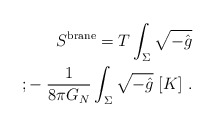
\begin{align*}S^{\rm brane} = T\int_{\Sigma}\sqrt{-\hat g}\\; -\; {1\over 8\pi G_N}\int_{\Sigma} \sqrt{-\hat g}\; [K] \ .\end{align*}